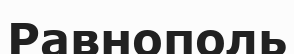
Равнополь